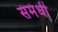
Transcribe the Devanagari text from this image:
संमंधी